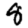
Digit: 8